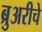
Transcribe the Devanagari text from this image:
ब्रुअरीचे